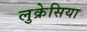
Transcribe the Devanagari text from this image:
लुक्रेसिया